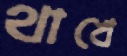
থাখে